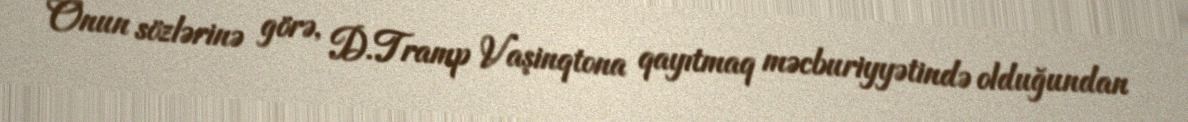
Onun sözlərinə görə, D.Tramp Vaşinqtona qayıtmaq məcburiyyətində olduğundan